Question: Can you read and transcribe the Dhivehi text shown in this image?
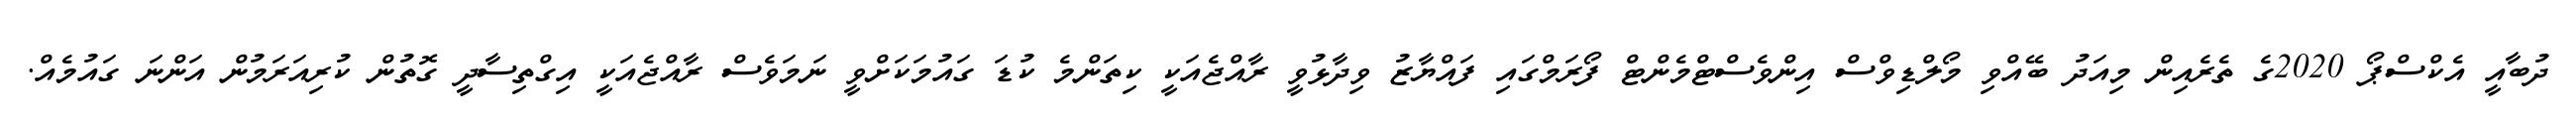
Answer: ދުބާއީ އެކްސްޕޯ 2020ގެ ތެރެއިން މިއަދު ބޭއްވި މޯލްޑިވްސް އިންވެސްޓްމެންޓް ފޯރަމްގައި ފައްޔާޒު ވިދާޅުވީ ރާއްޖެއަކީ ކިތަންމެ ކުޑަ ގައުމަކަށްވީ ނަމަވެސް ރާއްޖެއަކީ އިގްތިސާދީ ގޮތުން ކުރިއަރަމުން އަންނަ ގައުމެއް.